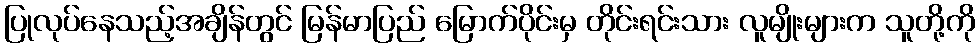
ပြုလုပ်နေသည့်အချိန်တွင် မြန်မာပြည် မြောက်ပိုင်းမှ တိုင်းရင်းသား လူမျိုးများက သူတို့ကို